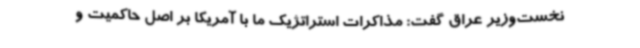
نخست‌وزیر عراق گفت: مذاکرات استراتژیک ما با آمریکا بر اصل حاکمیت و